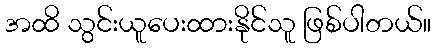
အထိ သွင်းယူပေးထားနိုင်သူ ဖြစ်ပါတယ်။